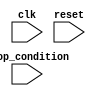
module repeat_loop (
    input wire clk,           // Clock signal
    input wire reset,         // Reset signal
    input wire stop_condition // External condition to stop the loop
);

    // Internal state variable (example)
    reg [7:0] data; // Example data register

    // Initialization block
    initial begin
        data = 8'b0; // Initialize data
    end

    // Always block to represent the Repeat Loop
    always @(posedge clk or posedge reset) begin
        if (reset) begin
            // Reset condition
            data <= 8'b0; // Reset data
        end else if (!stop_condition) begin
            // Repeat Loop Execution
            // Example operations within the loop
            data <= data + 1; // Example: Increment data
            // Additional operations can be added here
        end
        // Note: The loop will continue executing as long as stop_condition is false
    end

endmodule